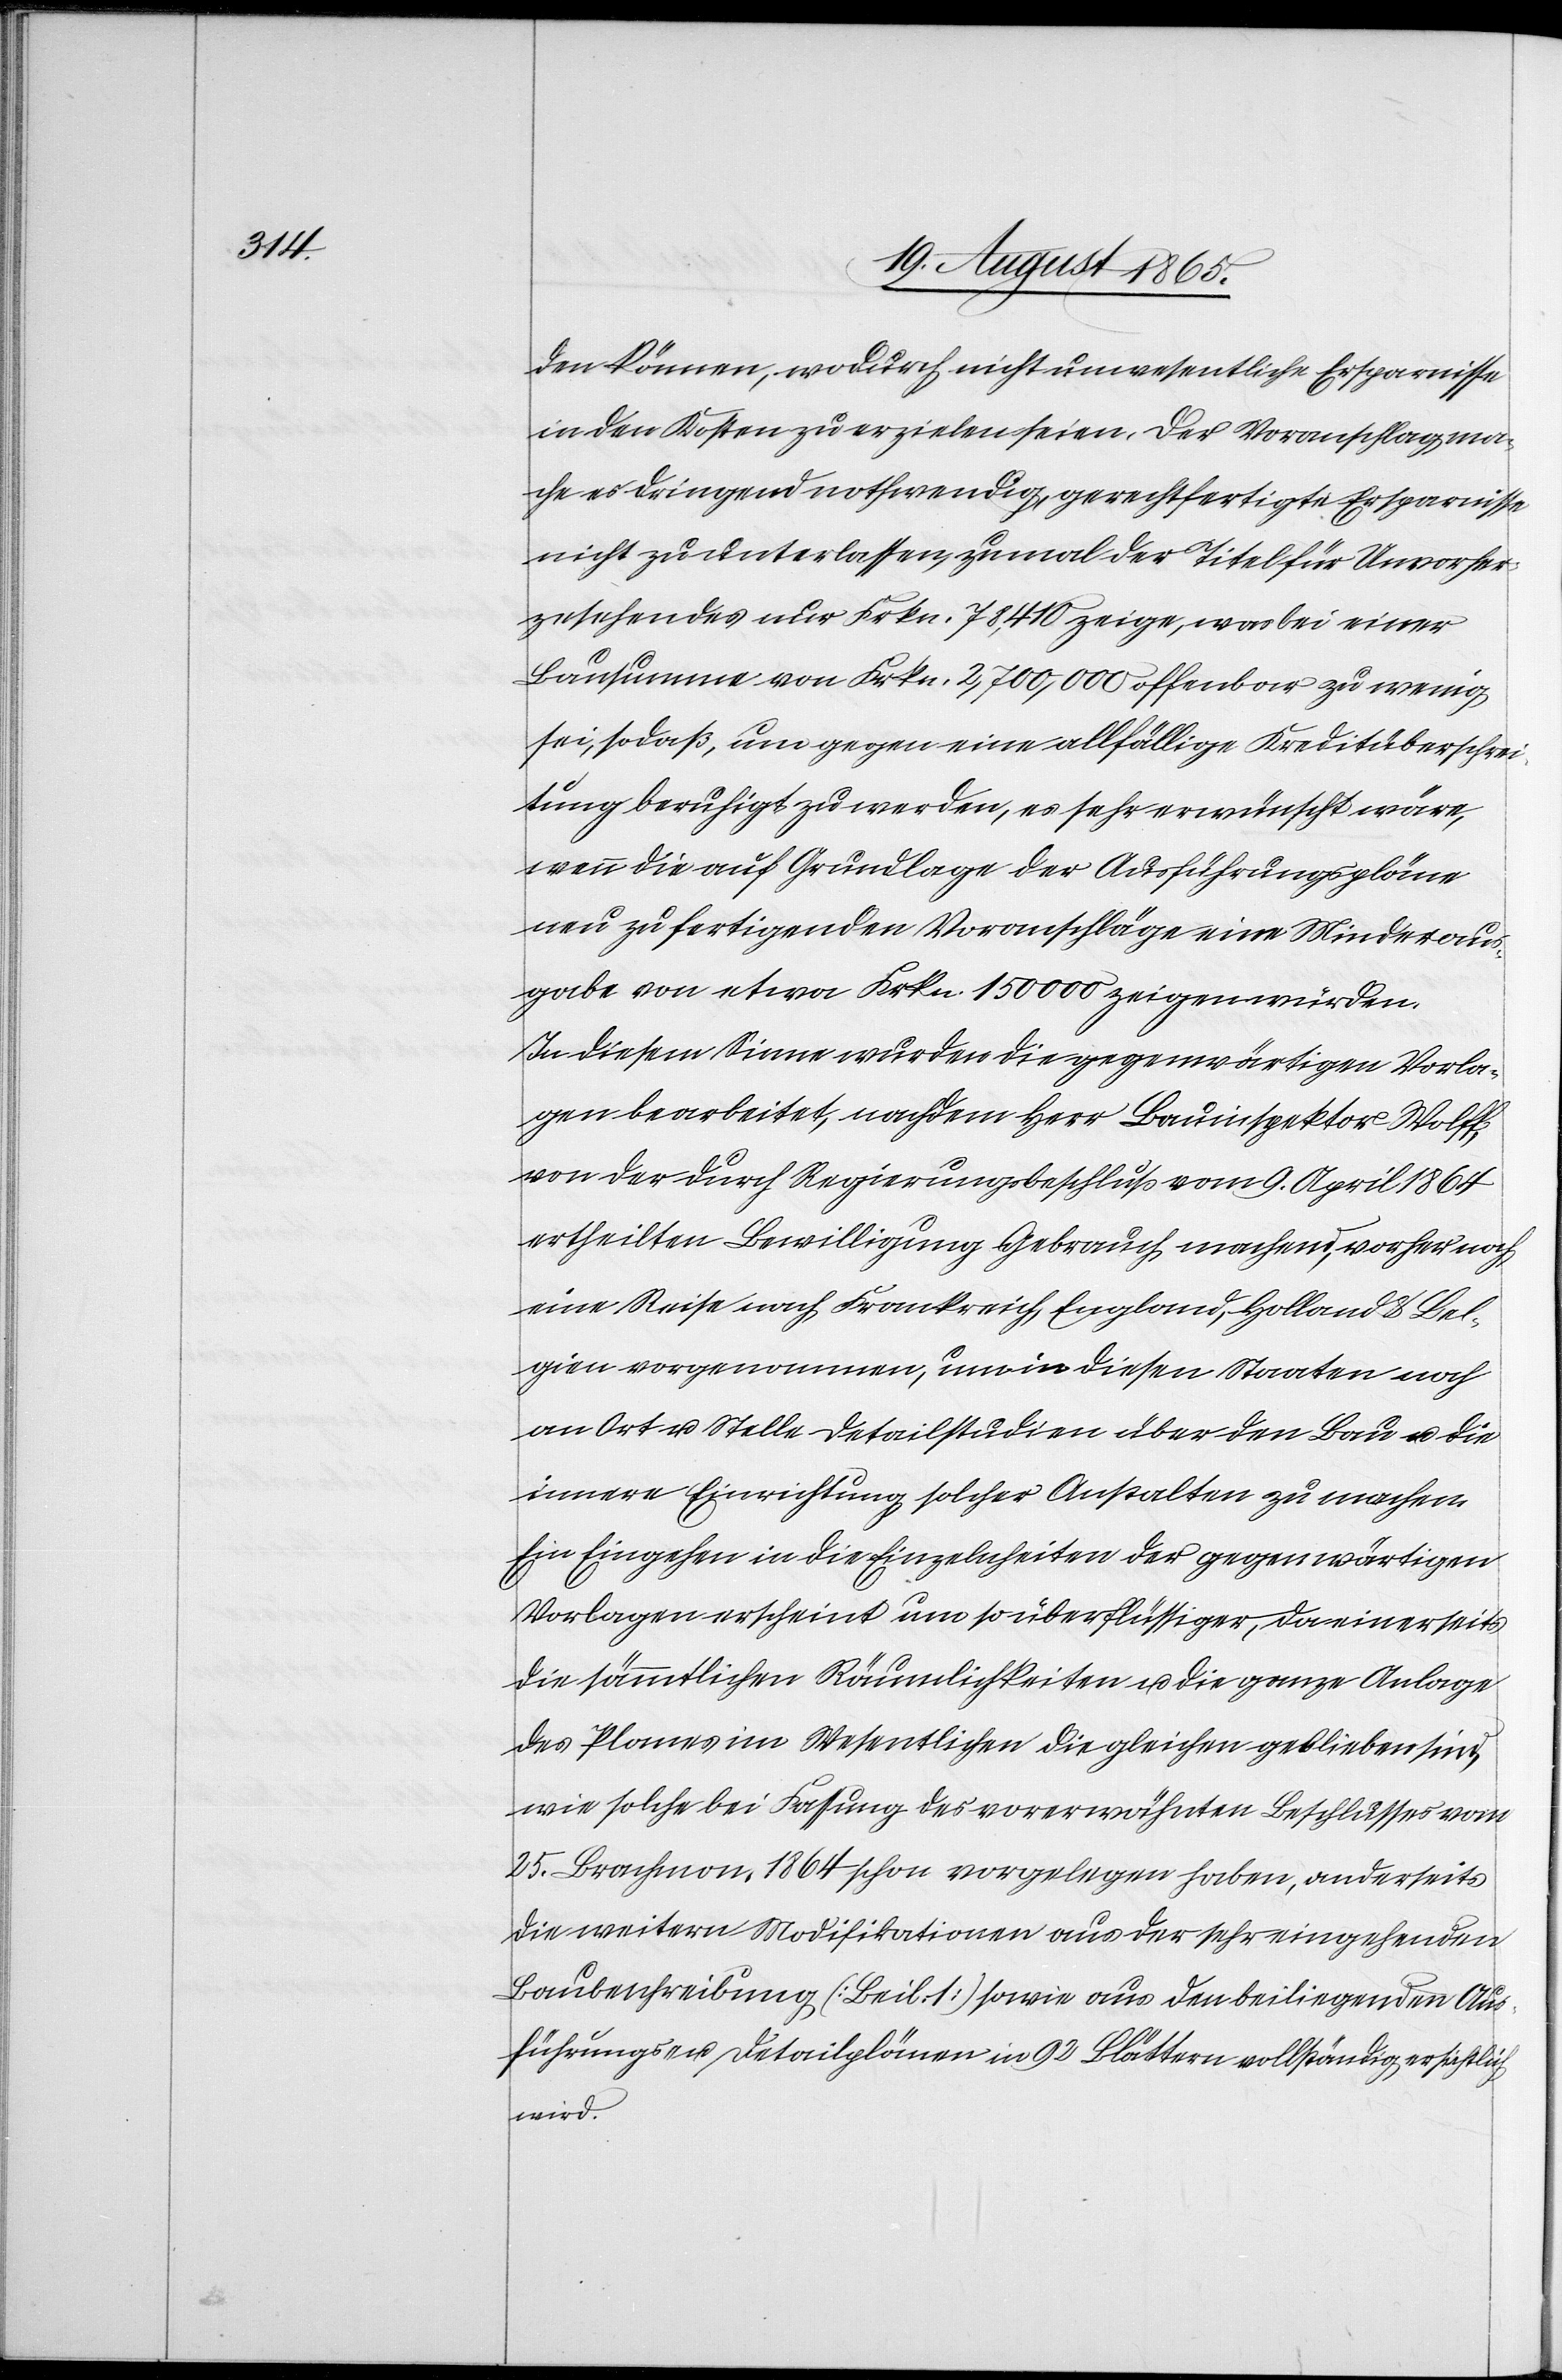
den können, wodurch nicht unwesentliche Ersparnisse
in den Kosten zu erzielen seien. Der Voranschlag ma¬
che es dringend nothwendig, gerechtfertigte Ersparnisse
nicht zu unterlassen, zumal der Titel für Unvorher¬
zusehendes nur Frkn. 78,410 zeige, was bei einer
Bausumme von Frkn. 2,700,000 offenbar zu wenig
sei, sodaß, um gegen eine allfällige Kreditüberschrei¬
tung beruhigt zu werden, es sehr erwünscht wäre,
wenn die auf Grundlage der Ausführungspläne
neu zu fertigenden Voranschläge eine Minderaus¬
gabe von etwa Frkn. 150 000 zeigen würden.
In diesem Sinne wurden die gegenwärtigen Vorla¬
gen bearbeitet, nachdem Herr Bauinspektor Wolff,
von der durch Regierungsbeschluss vom 9. April 1864
ertheilten Bewilligung Gebrauch machend, vorher noch
eine Reise nach Frankreich, England, Holland u. Bel¬
gien vorgenommen, um in diesen Staaten noch
an Ort u. Stelle Detailstudien über den Bau u. die
innere Einrichtung solcher Anstalten zu machen.
Ein Eingehen in die Einzelheiten der gegenwärtigen
Vorlagen erscheint um so überflüssiger, da einerseits
die sämmtlichen Räumlichkeiten u. die ganze Anlage
des Planes im Wesentlichen die gleichen geblieben sind,
wie solche bei Fassung des vorerwähnten Beschlusses vom
25. Brachmon. 1864 schon vorgelegen haben, anderseits
die weitern Modifikationen aus der sehr eingehenden
Baubeschreibung (Beil. 1) sowie aus den beiliegenden Aus¬
führungs- u. Detailplänen in 92 Blättern vollständig ersichtlich
wird.